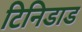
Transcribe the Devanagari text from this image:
टिनिडाड